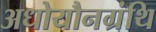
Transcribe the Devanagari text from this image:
अधोयौनग्रंथि